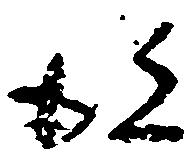
彼